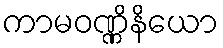
ကာမဝဏ္ဏိနိယော